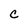
Character: C